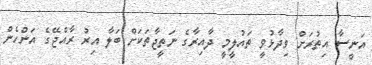
އަނީސާ އިތުރަށް ވިދާޅުވީ ތައުލީމީ ދާއިރާގެ ނަތީޖާތަކަށް ބަލާ އިރު ރާއްޖޭގެ އަންހެން